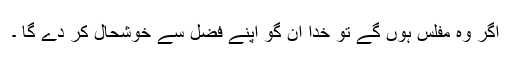
اگر وہ مفلس ہوں گے تو خدا ان گو اپنے فضل سے خوشحال کر دے گا ۔